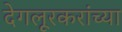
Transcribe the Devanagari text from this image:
देगलूरकरांच्या